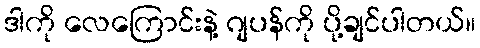
ဒါကို လေကြောင်းနဲ့ ဂျပန်ကို ပို့ချင်ပါတယ်။